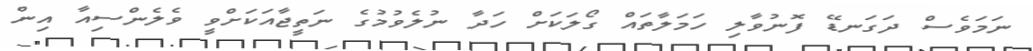
ނަމަވެސް ދަގަނޑޭ ފޮނުވާލި ހަމަލާތައް ގޯލަކަށް ހަދާ ނުލެވުމުގެ ނަތީޖާއަކަށްވީ ވެލެންސިއާ އިން